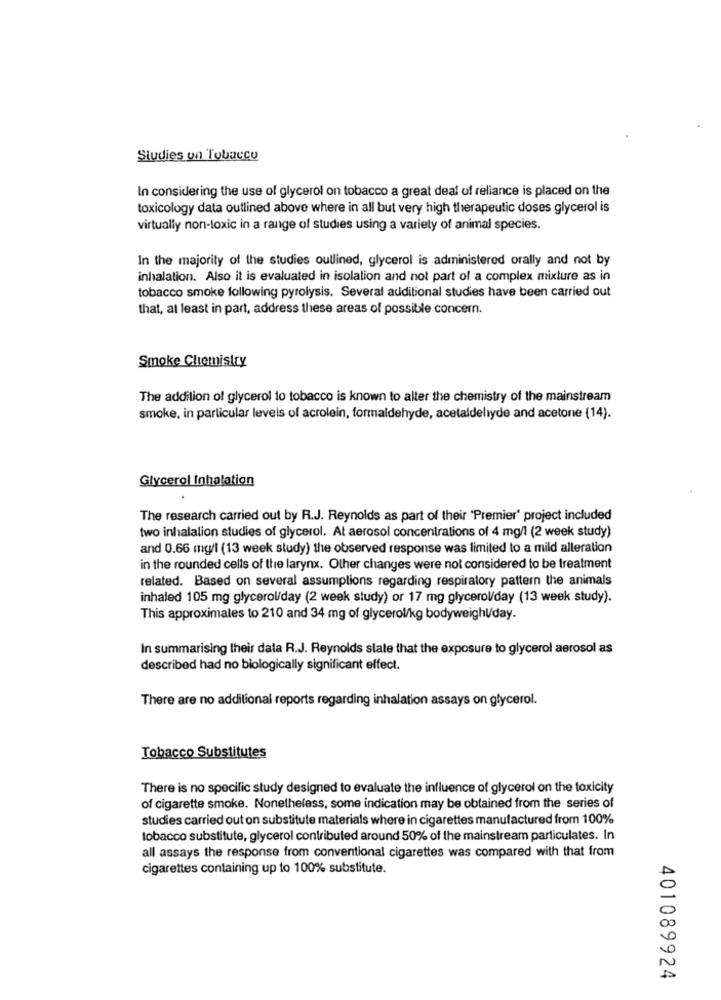
Studies un Tobacco
In considering the use of glycerol on tobacco a great deal of reliance is placed on the
toxicology data outlined above where in all but very high therapeutic doses glycerol is
virtually non-toxic in a range of studies using a variety of animal species.
In the majority of the studies outlined, glycerol is administered orally and not by
inhalation. Also it is evaluated in isolation and not part of a complex mixture as in
tobacco smoke following pyrolysis. Several additional studies have been carried out
that, at least in part, address these areas of possible concern.
Smoke Cliomistry
The addition of glycerol lo tobacco is known to alter the chemistry of the mainstream
smoke, in particular levels of acrolein, formaldehyde, acetaldellyde and acetone (14).
Glycerol Inhalation
The research carried out by R.J. Reynolds as part of their "Premier' project included
two inhalalion studies of glycerol. At aerosol concentrations of 4 mg/l (2 week study)
and 0.66 mg/l (13 week study) the observed response was limited to a mild alleration
in the rounded cells of the larynx. Other changes were not considered to be treatment
related. Based on several assumptions regarding respiratory pattern the animals
inhaled 105 mg glycerol/day (2 week study) or 17 mg glycerol/day (13 week study).
This approximales to 210 and 34 mg of glycerol/kg bodyweight/day.
In summarising their data R.J. Reynolds slate that the exposure to glycerol aerosol as
described had no biologically significant effect.
There are no additional reports regarding inhalation assays on glycerol.
Tobacco Substitutes
There is no specific study designed to evaluate the influence of glycerol on the toxicity
of cigarette smoke. Nonetheless, some indication may be obtained from the series of
studies carried out on substitute materials where in cigarettes manufactured from 100%
tobacco substitute, glycerol contributed around 50% of the mainstream particulates. In
all assays the response from conventional cigarettes was compared with that from
cigarettes containing up to 100% substitute.
401089924